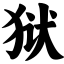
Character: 狱